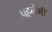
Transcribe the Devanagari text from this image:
पहनेंगी